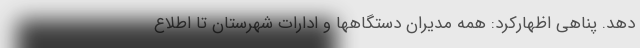
دهد. پناهی اظهارکرد: همه مدیران دستگاهها و ادارات شهرستان تا اطلاع